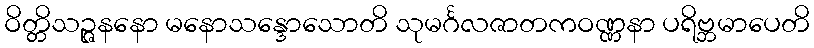
ဝိတ္တိသဉ္ဇနနော မနောသန္ဒောသောတိ သုမင်္ဂလဇာတကဝဏ္ဏနာ ပရိဗ္ဘမာပေတိ